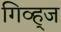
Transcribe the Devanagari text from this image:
गिव्ह्‌ज